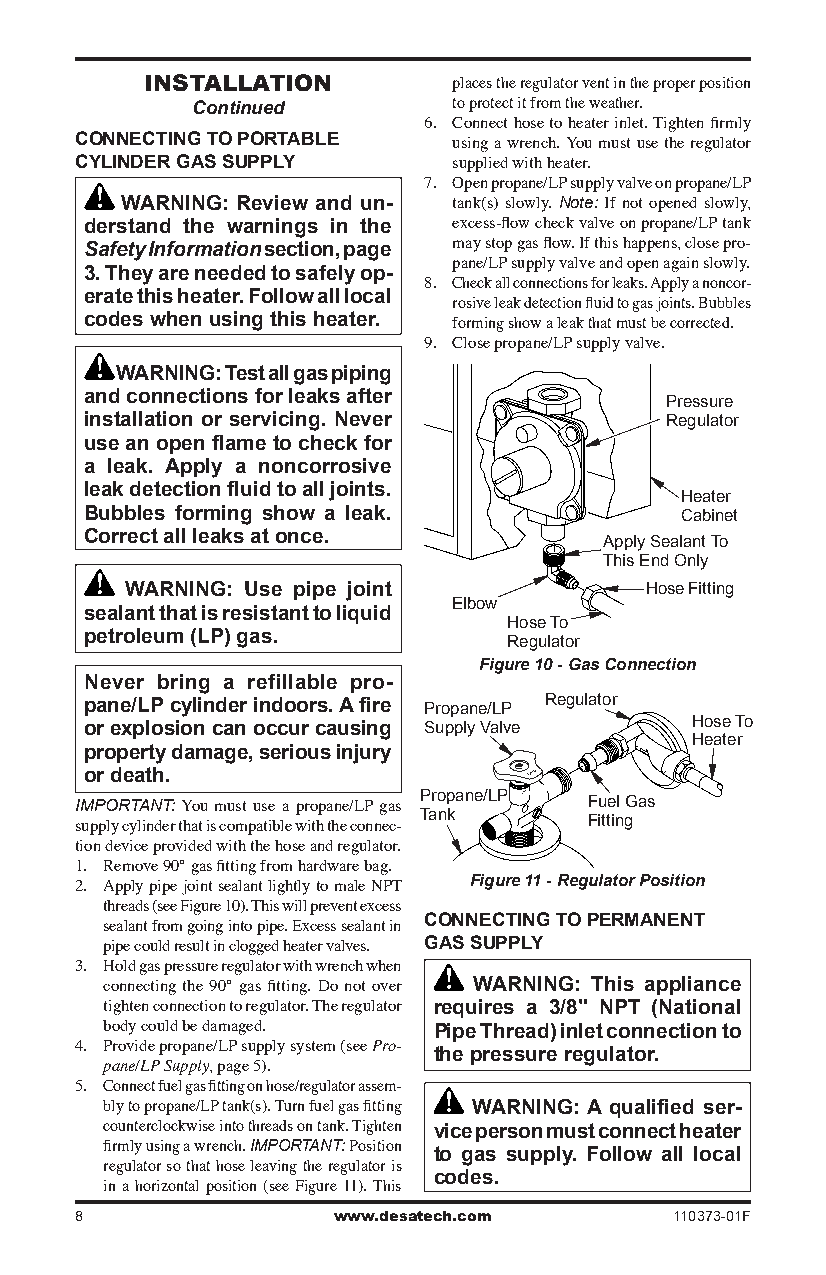
InsTallaTIon        places the regulator vent in the proper position
 Continued        to protect it from the weather.
 6. Connect hose to heater inlet. Tighten firmly
 CONNECTING TO PORTABLE
 using a wrench. You must use the regulator
 CYLINDER GAS SUPPLY      supplied with heater.
 7. Open propane/LP supply valve on propane/LP
 WARNING: Review and un- tank(s) slowly. Note: If not opened slowly,
 derstand the warnings in the excess-flow check valve on propane/LP tank
 Safety Information section, page may stop gas flow. If this happens, close pro-
 3. They are needed to safely op- pane/LP supply valve and open again slowly.
 8. Check all connections for leaks. Apply a noncor-
 erate this heater. Follow all local
 rosive leak detection fluid to gas joints. Bubbles
 codes when using this heater.
 forming show a leak that must be corrected.
 9. Close propane/LP supply valve.
 WARNING: Test all gas piping
 and connections for leaks after
 Pressure
 installation or servicing. Never      Regulator
 use an open flame to check for
 a leak. Apply a noncorrosive
 leak detection fluid to all joints.
 Heater
 Bubbles forming show a leak.           Cabinet
 Correct all leaks at once.
 Apply Sealant To
 This End Only
 WARNING: Use pipe joint            Hose Fitting
 Elbow
 sealant that is resistant to liquid
 Hose To
 petroleum (LP) gas.
 Regulator
 Figure 10 - Gas Connection
 Never bring a refillable pro-
 pane/LP cylinder indoors. A fire Propane/LP Regulator
 or explosion can occur causing Supply Valve Hose To
 Heater
 property damage, serious injury
 or death.
 IMPORTANT: You must use a propane/LP gas P Taro np kane/LP F Fu itte inl gGas
 supply cylinder that is compatible with the connec-
 tion device provided with the hose and regulator.
 1. Remove 90° gas fitting from hardware bag.
 Figure 11 - Regulator Position
 2. Apply pipe joint sealant lightly to male NPT
 threads (see Figure 10). This will prevent excess
 CONNECTING TO PERMANENT
 sealant from going into pipe. Excess sealant in
 GAS SUPPLY
 pipe could result in clogged heater valves.
 3. Hold gas pressure regulator with wrench when
 WARNING: This appliance
 connecting the 90° gas fitting. Do not over
 tighten connection to regulator. The regulator requires a 3/8" NPT (National
 body could be damaged. Pipe Thread) inlet connection to
 4. Provide propane/LP supply system (see Pro- the pressure regulator.
 pane/LP Supply, page 5).
 5. Connect fuel gas fitting on hose/regulator assem-
 bly to propane/LP tank(s). Turn fuel gas fitting WARNING: A qualified ser-
 counterclockwise into threads on tank. Tighten vice person must connect heater
 firmly using a wrench. IMPORTANT: Position to gas supply. Follow all local
 regulator so that hose leaving the regulator is codes.
 in a horizontal position (see Figure 11). This
 8                www.desatech.com       110373-01F